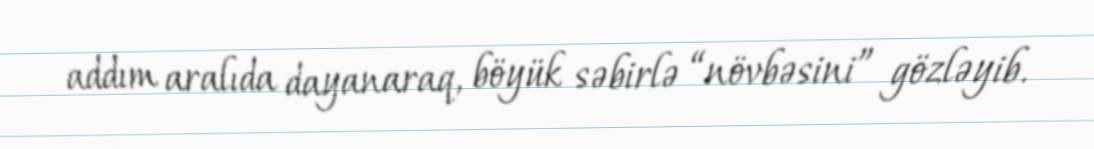
addım aralıda dayanaraq, böyük səbirlə “növbəsini” gözləyib.